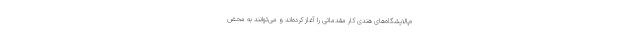
«پالایشگاه‌های هندی کار مقدماتی را آغاز کرده‌اند و می‌توانند به محض